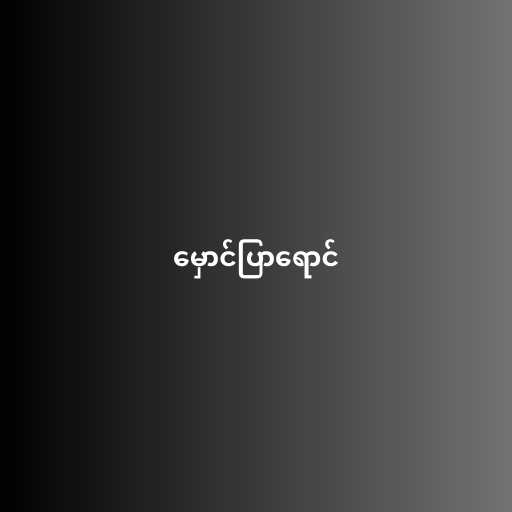
မှောင်ပြာရောင်